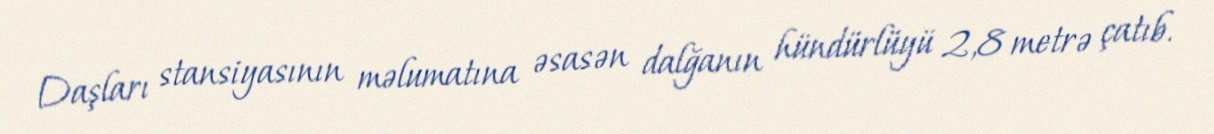
Daşları stansiyasının məlumatına əsasən dalğanın hündürlüyü 2,8 metrə çatıb.